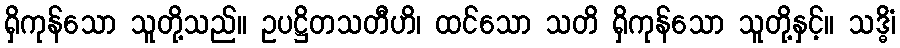
ရှိကုန်သော သူတို့သည်။ ဥပဋ္ဌိတသတီဟိ၊ ထင်သော သတိ ရှိကုန်သော သူတို့နှင့်။ သဒ္ဓိံ၊